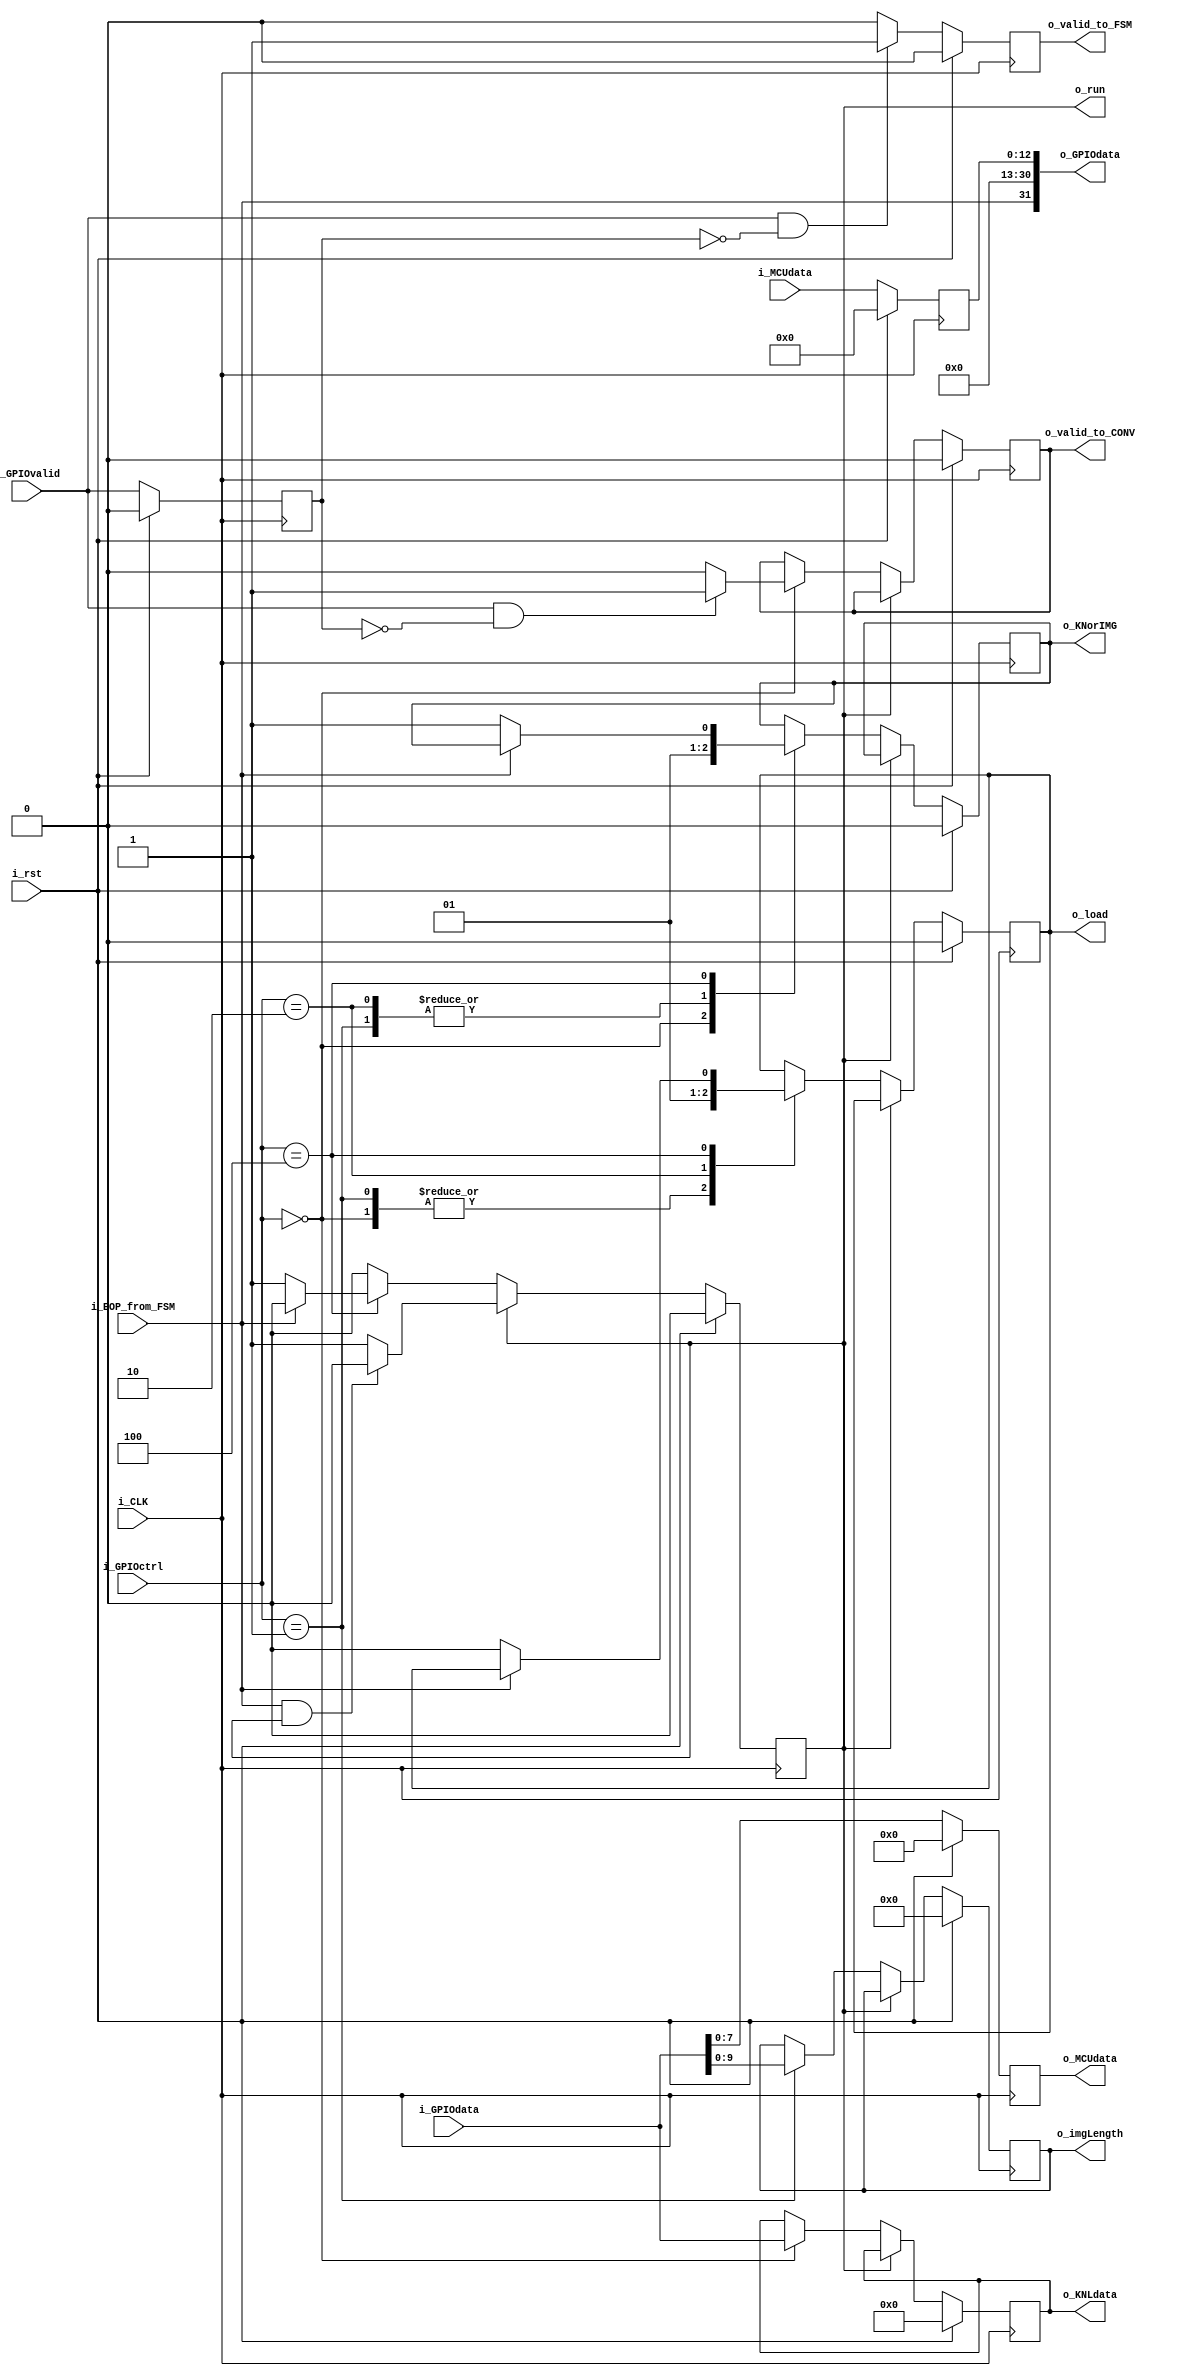
`timescale 1ns / 1ps

module RegisterFile(    //Definicion de puertos
    output [31:0] o_GPIOdata,
    output [23:0] o_KNLdata,
    output [7:0] o_MCUdata,
    output  [9:0] o_imgLength,
    //output  [2:0] o_led, //o_estado
    output        o_run,
    output        o_valid_to_FSM,
    output        o_valid_to_CONV,
    output        o_KNorIMG,
    output        o_load,
    input  [23:0] i_GPIOdata,
    input  [12:0] i_MCUdata,
    input   [2:0] i_GPIOctrl,
    input         i_GPIOvalid,
    input         i_rst,
    input         i_CLK,
    input         i_EOP_from_FSM
    );

     /*      Register file:
           
           BITS MS SIGNIFICATIVOS (GPIO[31:29])
           
                Cdigo instruccin              Accin
                
                     000                      Cargar kernell
                     001                      Cargar Img_size
                     010                      Cargar Imagen
                     011                      Pedir dato
                     100                      Cambio de estado (a precesamiento)
                     -----------------------------------------
                     101-111                  No utilizados
                     ---------------------------------------
           
           LSB ( GPIOctrl) -> VALID (bit 28 desde top_microblaze; estn los buses separados)
    
        */
  //Parametrizacin
    parameter NB_DATA = 13;
    localparam Kernel_load     = 0; 
    localparam ImgSize_load    = 1; 
    localparam Img_load        = 2;
    localparam Data_request    = 3;
    localparam LoadFinish_goToRun     = 4;  
    reg [23:0]                      dataKERNEL;
    reg [NB_DATA-1:0]               dataGPIO;
    reg [7:0]                       dataMCU;  
    reg [9:0]                       imgLength;   
    reg                             validFSM;
    reg                             validCONV;
    reg                             GPIO_valid_previous_state;
    reg                             KI;
    reg                             load_reg;
    reg                             run_reg;
  	//reg           go_to_leds;
  	// En principio no haria falta el latcheo: reg [3:0] controlGPIO;
 	//Registers:
    assign {o_valid_to_FSM}  = validFSM;
    assign {o_valid_to_CONV} = validCONV;
    assign {o_KNorIMG}       = KI;
    assign {o_imgLength}     = imgLength;
    assign {o_GPIOdata}      = {i_EOP_from_FSM, {(32-1-NB_DATA){1'b0}},dataGPIO};
    assign {o_MCUdata}       = dataMCU;
    assign {o_run}           = run_reg;
    assign {o_KNLdata}       = dataKERNEL;
    assign {o_load}          = load_reg;   

    always @(posedge i_CLK) begin
    
       if(i_rst) begin
            dataGPIO   <=    'd0;
                 load_reg   <= 'd0;
                dataKERNEL  <=  24'd0;
                   dataMCU  <=  8'd0;
                  imgLength <=  10'd0;
                 //go_to_led  <=   3'd0;
                  validFSM  <=   1'b0;
                 validCONV  <=   1'b0;
 			GPIO_valid_previous_state  <=   1'b0;
                    run_reg <=   1'b0;
                        KI  <=   1'b0; //definido asi en la documentacin.
       end
       else begin    
           GPIO_valid_previous_state<=i_GPIOvalid;
           dataMCU<=i_GPIOdata;
           dataGPIO<=i_MCUdata;
           if (i_GPIOvalid && GPIO_valid_previous_state==1'b0)
               validFSM<=1'b1;
           else 
               validFSM<=1'b0;

              //!run_reg => no estoy en estado RUN (si estoy en el mismo, este modulo no cede el control)
              if(!run_reg) begin  
               
                case (i_GPIOctrl)
               
                        //Carga kernell
                        Kernel_load:  begin
                            run_reg<=1'b0;
                                         //Modo kernell activo por bajo
                                         load_reg<=1'b0;      
                                         KI<=1'b0;
                                         dataKERNEL<=i_GPIOdata;
                                         if (i_GPIOvalid && !GPIO_valid_previous_state)
                                                validCONV<=1'b1;
                                         else 
                                                validCONV<=1'b0;
                                 
                                      end
                                
                        //Carga del tamano de la imagen Img_length
                        ImgSize_load: begin
                            run_reg<=1'b0;
                                        KI<=1'b1;
                                        imgLength<=i_GPIOdata[9:0];
                                        load_reg<=1'b0;
                                        
                                        
                                      end 
            
                       //Cargar imagen
                        Img_load:     begin
                            run_reg<=1'b0;
                                         KI<=1'b1;
                                         //Levanto senal de carga para la FSM
                                         load_reg<=1'b1;
                        end
                                                             
                        LoadFinish_goToRun: begin
                            if(!i_EOP_from_FSM) begin
                                KI<=1'b1;
                                //Termino carga, paso a estado RUN. Se delega el control del sistema
                                
                                run_reg<=1'b1;
                                
                                //Bajo senal de carga para la FSM
                                load_reg <=1'b0;
                            end    
                        end
                        default :   ;
                endcase 
                
           end else if(i_EOP_from_FSM && run_reg)
               run_reg = 0;
        end//End if/else rst
    end //End always
endmodule